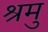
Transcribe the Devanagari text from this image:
श्रमु